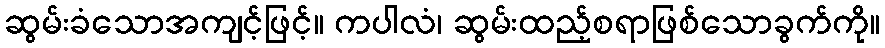
ဆွမ်းခံသောအကျင့်ဖြင့်။ ကပါလံ၊ ဆွမ်းထည့်စရာဖြစ်သောခွက်ကို။